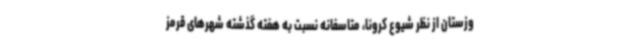
وزستان از نظر شیوع کرونا، متاسفانه نسبت به هفته گذشته شهرهای قرمز